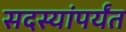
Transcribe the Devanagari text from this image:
सदस्यांपर्यंत